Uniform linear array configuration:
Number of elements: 12
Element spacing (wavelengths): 0.25
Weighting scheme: cosine
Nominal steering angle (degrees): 30
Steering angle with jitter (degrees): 30.86
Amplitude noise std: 0.05
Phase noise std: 0.05

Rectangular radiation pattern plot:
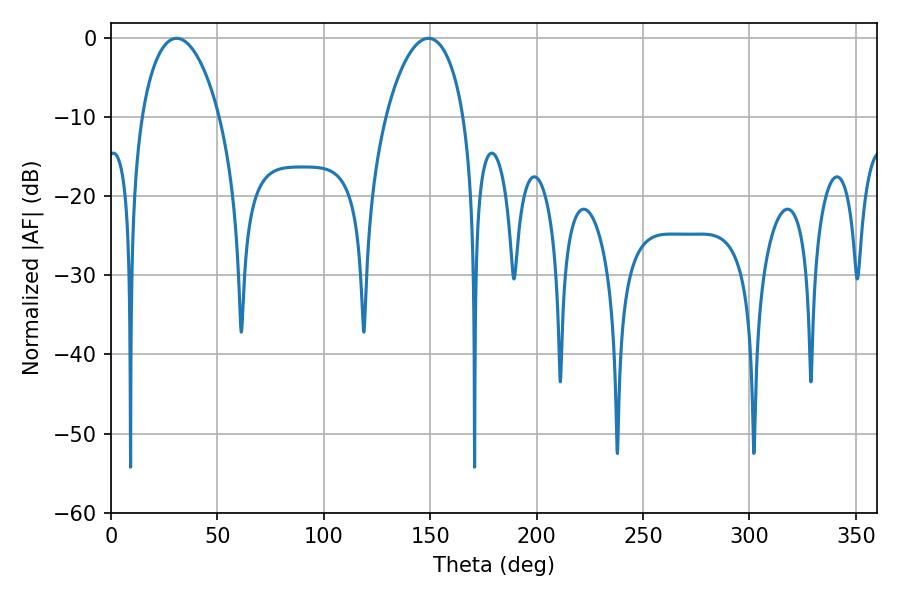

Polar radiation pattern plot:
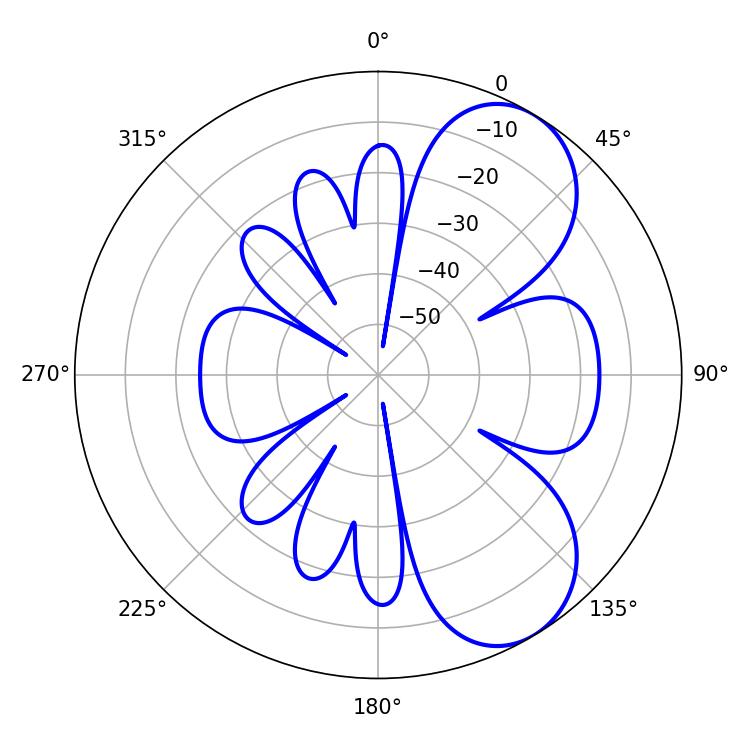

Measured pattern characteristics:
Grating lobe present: FALSE
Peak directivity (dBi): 6.916
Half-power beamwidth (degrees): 20.88
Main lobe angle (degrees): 30.78